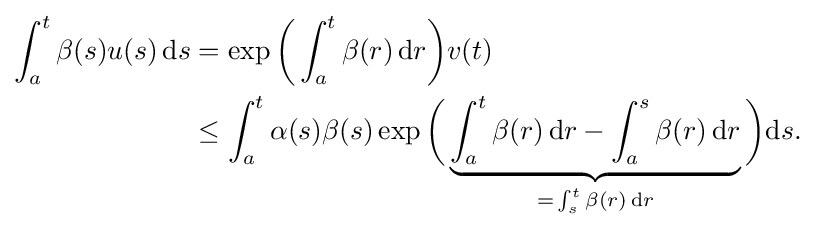
{\begin{aligned}\int _{a}^{t}\beta (s)u(s)\,\mathrm {d} s&=\exp {\biggl (}\int _{a}^{t}\beta (r)\,\mathrm {d} r{\biggr )}v(t)\\&\leq \int _{a}^{t}\alpha (s)\beta (s)\exp {\biggl (}\underbrace {\int _{a}^{t}\beta (r)\,\mathrm {d} r-\int _{a}^{s}\beta (r)\,\mathrm {d} r} _{=\,\int _{s}^{t}\beta (r)\,\mathrm {d} r}{\biggr )}\mathrm {d} s.\end{aligned}}